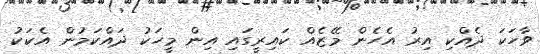
ވާހަކަ ދެއްކި އިރު އެހެން މޭޒެއް ކައިރީގައި އިން މީހަކު ދައްކަމުން އެކަކު